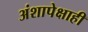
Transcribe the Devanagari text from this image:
अंशापेक्षाही